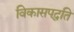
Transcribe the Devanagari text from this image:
विकासपद्धति